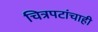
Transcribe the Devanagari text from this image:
चित्रपटांचाही